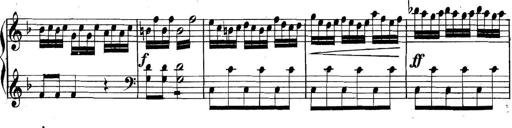
Title: Collected Piano Sonatas
Composer: Muzio Clementi